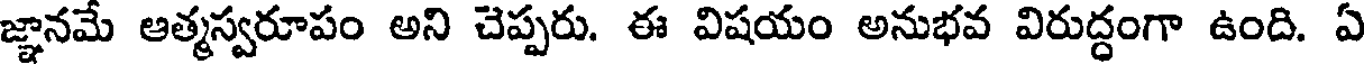
జ్ఞానమే ఆత్మస్వరూపం అని చెప్పరు. ఈ విషయం అనుభవ విరుద్ధంగా ఉంది. ఏ